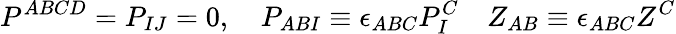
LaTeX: P^{ABCD}=P_{IJ}=0,\quad P_{ABI}\equiv\epsilon_{ABC}P_{I}^{C}\quad Z_{AB}\equiv\epsilon_{ABC}Z^{C}